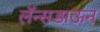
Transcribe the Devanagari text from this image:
लॅन्सडाऊन